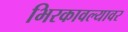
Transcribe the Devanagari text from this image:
भिरकावल्यावर